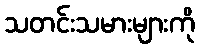
သတင်းသမားများကို